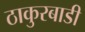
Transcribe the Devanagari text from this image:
ठाकुरबाडी